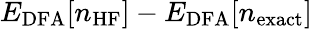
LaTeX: E_{\mathrm{DFA}}[n_{\mathrm{HF}}]-E_{\mathrm{DFA}}[n_{\mathrm{exact}}]